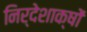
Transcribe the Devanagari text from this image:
निर्देशाक्षों